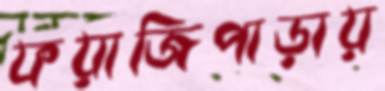
ফয়াজিপাড়ায়